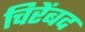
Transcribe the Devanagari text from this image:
चिरेंबद